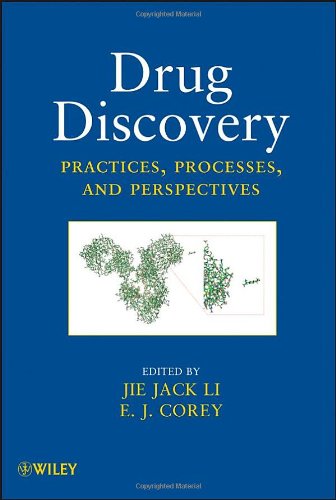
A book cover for Drug Discovery: Practices, Processes, and Perspectives; Medical Books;